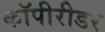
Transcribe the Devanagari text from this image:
कॉपीरीडर